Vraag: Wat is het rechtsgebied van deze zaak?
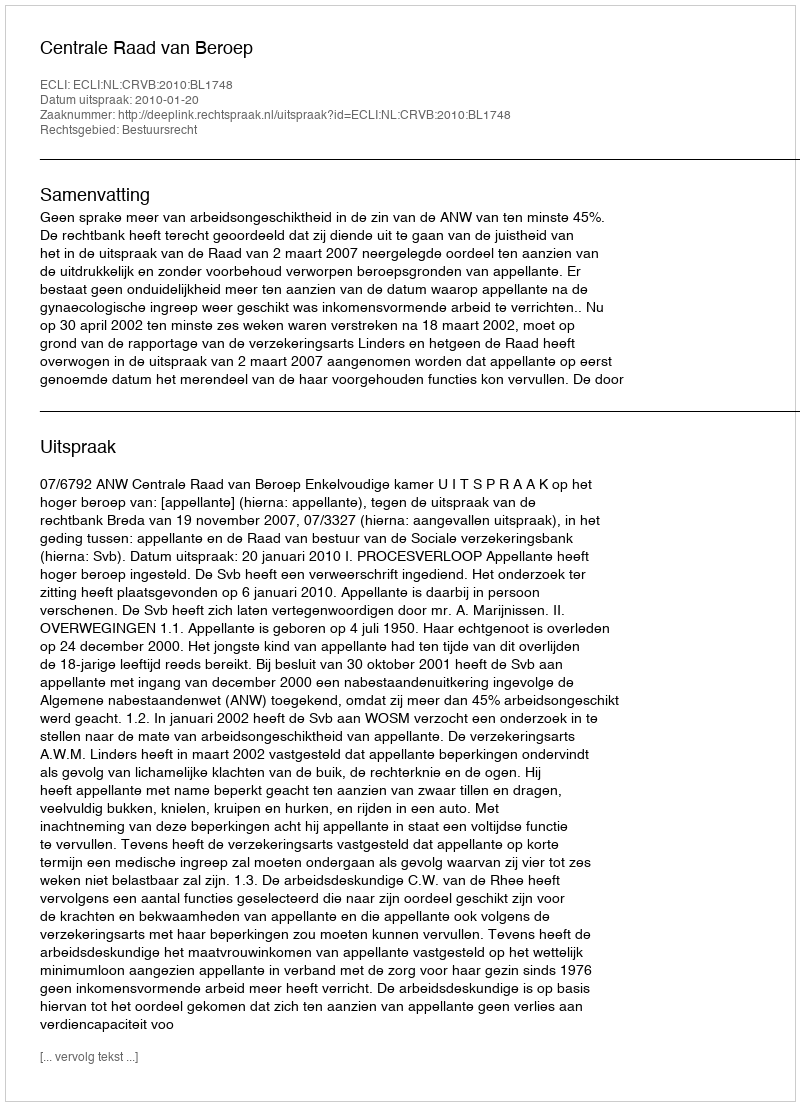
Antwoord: Bestuursrecht